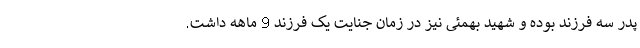
پدر سه فرزند بوده و شهید بهمئی نیز در زمان جنایت یک فرزند 9 ماهه داشت.